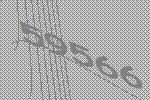
59566